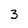
Character: 3